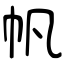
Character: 帆